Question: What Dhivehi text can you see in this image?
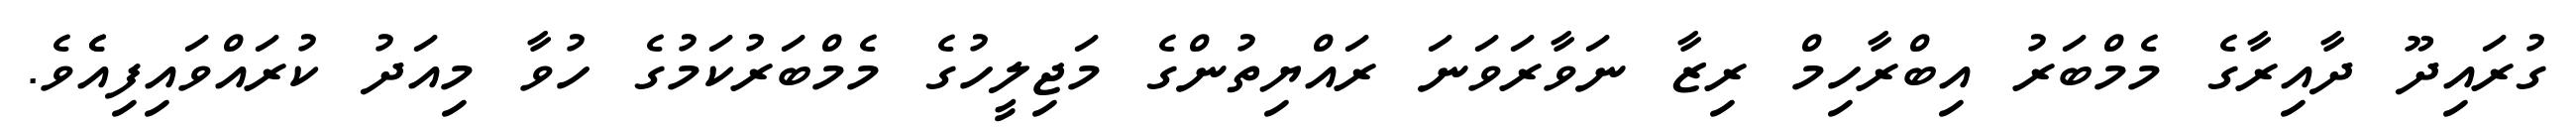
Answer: ގުރައިދޫ ދާއިރާގެ މެމްބަރު އިބްރާހިމް ރިޒާ ނަވާރަވަނަ ރައްޔިތުންގެ މަޖިލީހުގެ މެމްބަރުކަމުގެ ހުވާ މިއަދު ކުރައްވައިފިއެެވެ.